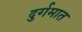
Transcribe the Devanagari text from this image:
दुर्गमात